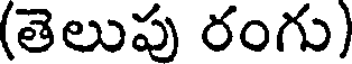
(తెలుపు రంగు)